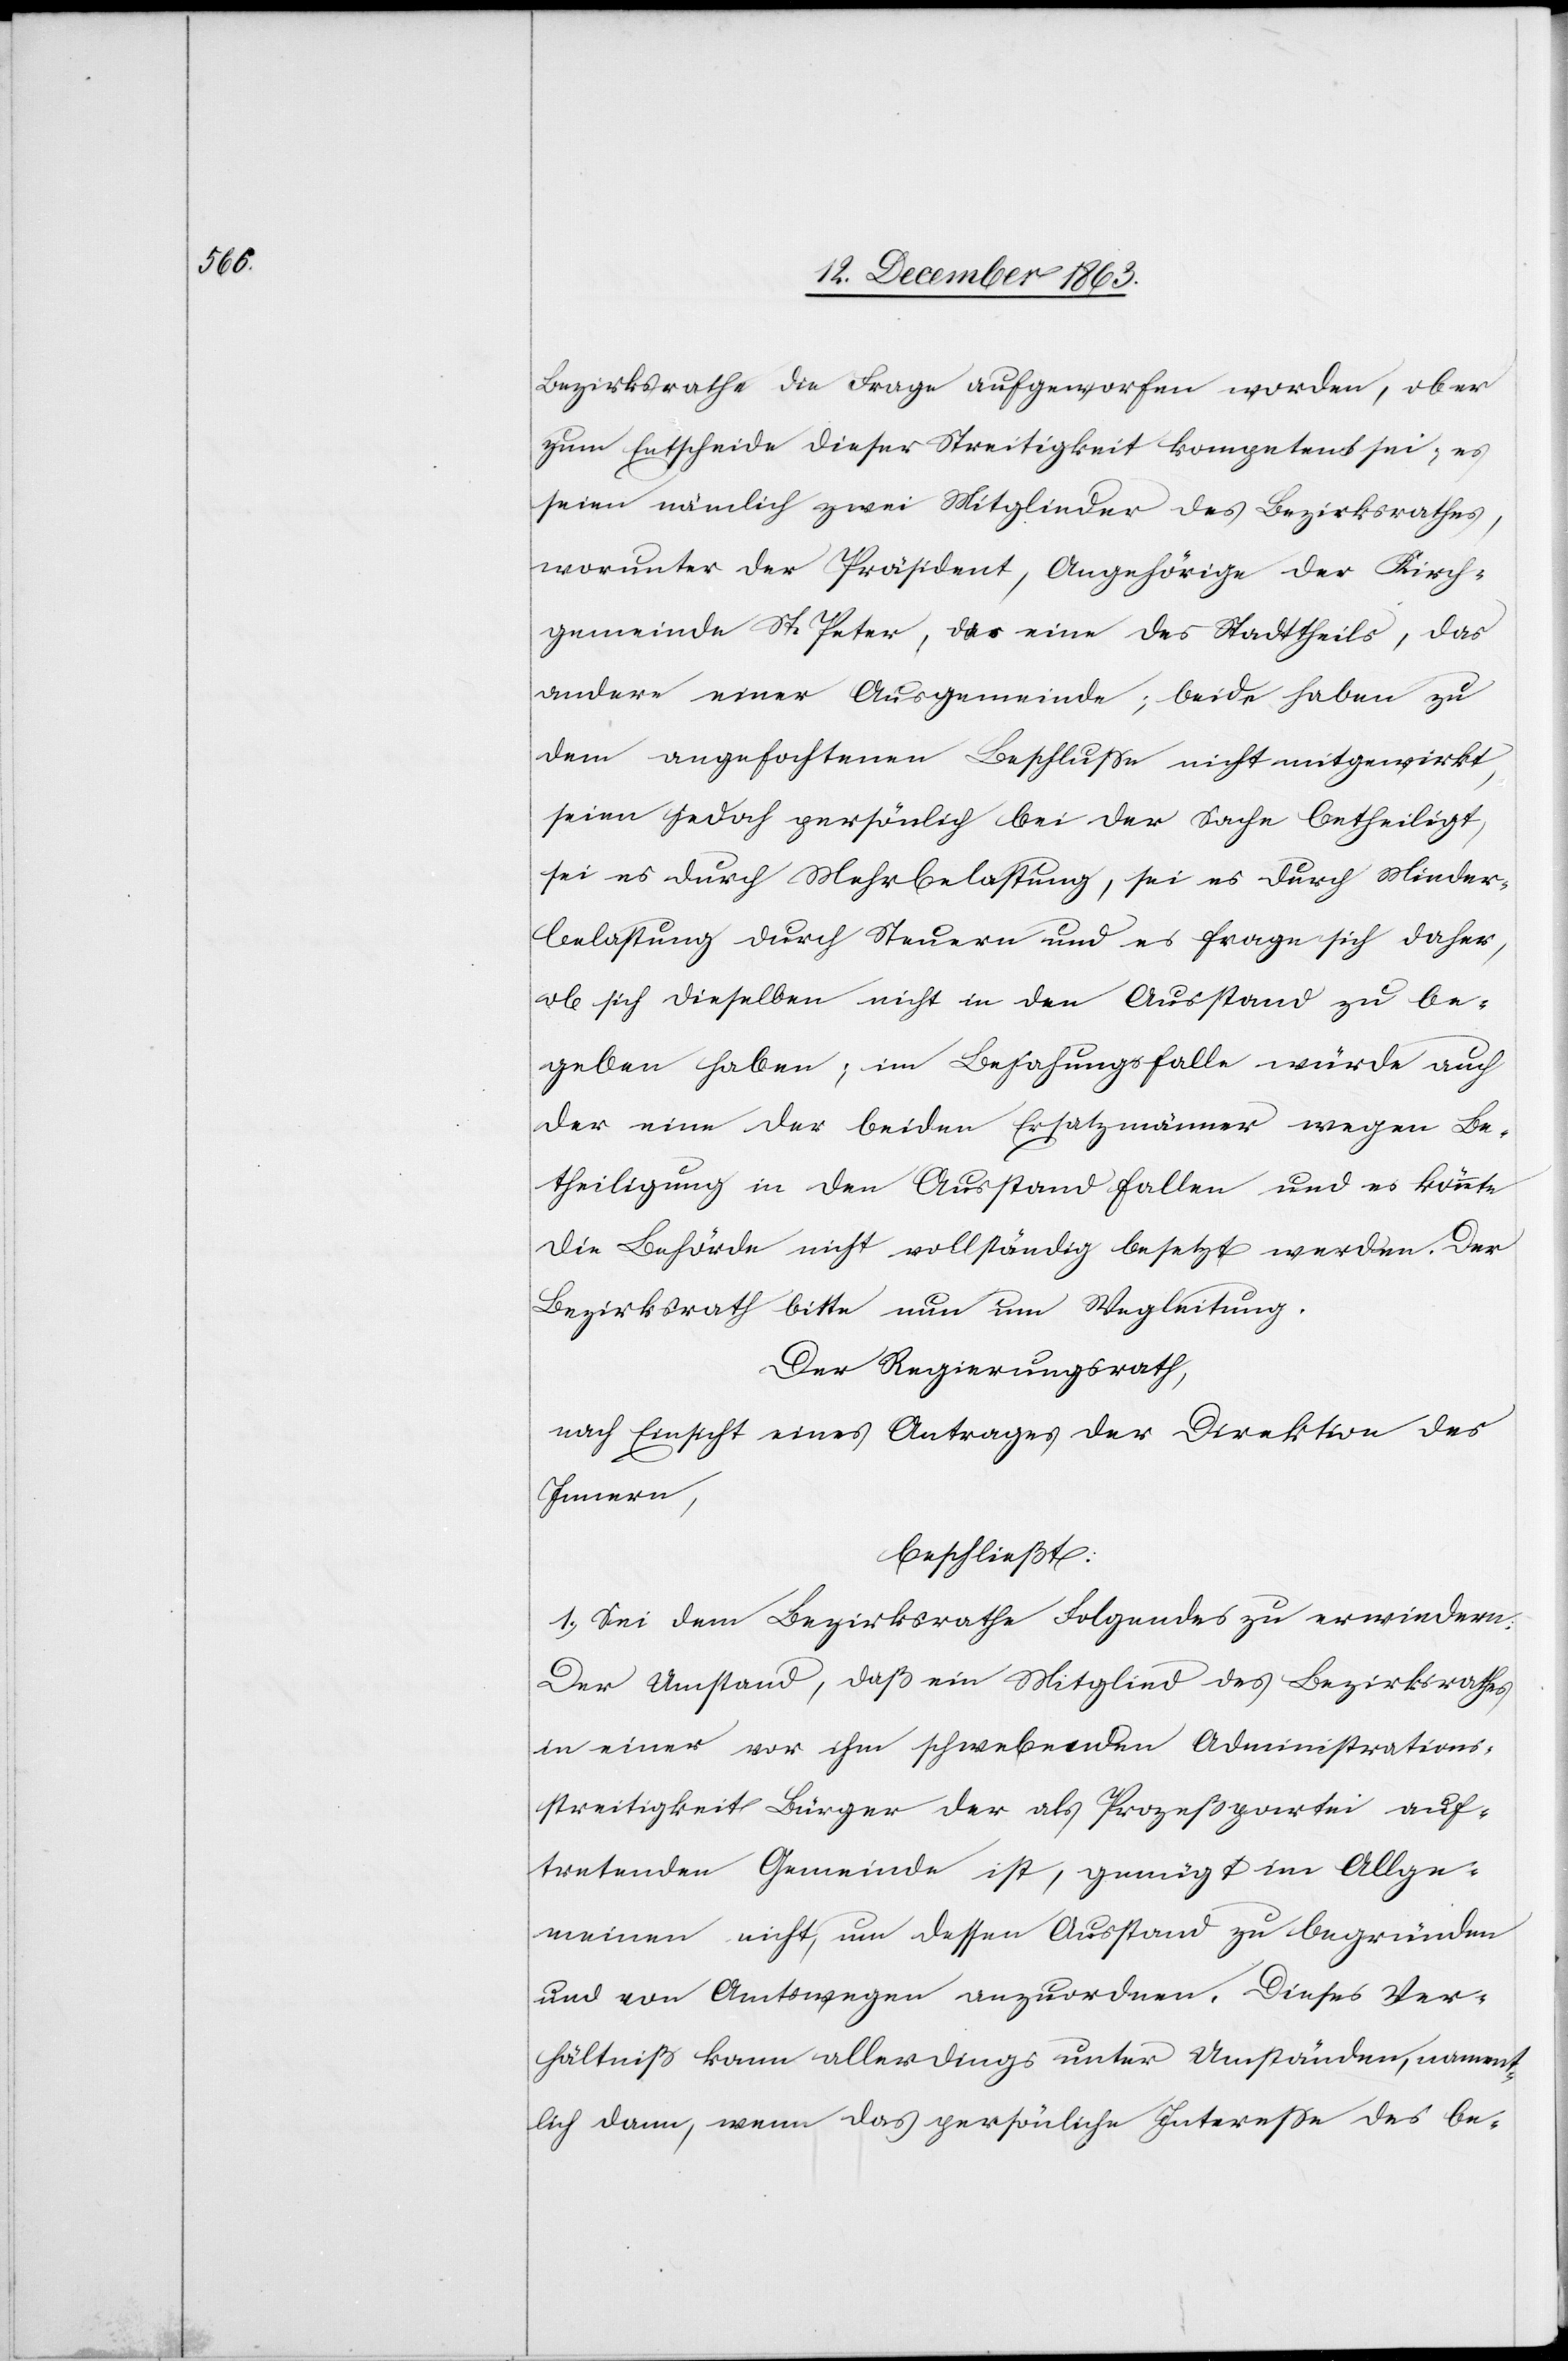
Bezirksrathe die Frage aufgeworfen worden, ob er
zum Entscheide dieser Streitigkeit kompetent sei; es
seien nämlich zwei Mitglieder des Bezirksrathes,
worunter der Präsident, Angehörige der Kirch¬
gemeinde St. Peter, das eine des Stadttheils, das
andere einer Ausgemeinde; beide haben zu
dem angefochtenen Beschlusse nicht mitgewirkt,
seien jedoch persönlich bei der Sache betheiligt,
sei es durch Mehrbelastung, sei es durch Nieder¬
belastung durch Steuern und es frage sich daher,
ob sich dieselben nicht in den Ausstand zu be¬
geben haben; im Bejahungsfalle würde auch
der eine der beiden Ersatzmänner wegen Be¬
theiligung in den Ausstand fallen und es könnte
die Behörde nicht vollständig besetzt werden. Der
Bezirksrath bitte nun um Wegleitung.
Der Regierungsrath,
nach Einsicht eines Antrages der Direktion des
Innern,
beschließt:
1.) Sei dem Bezirksrath Folgendes zu erwiedern:
Der Umstand, daß ein Mitglied des Bezirksrathes
in einer vor ihm schwebenden Administrations¬
streitigkeit Bürger der als Prozeßpartei auf¬
tretenden Gemeinde ist, genügt im Allge¬
meinen nicht, um dessen Ausstand zu begründen
und von Amtswegen anzuordnen. Dieses Ver¬
hältniß kann allerdings unter Umständen, nament¬
lich dann, wenn das persönliche Interesse des be-